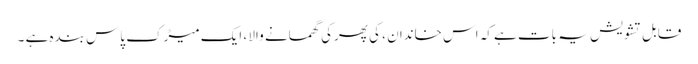
قابل ِ تشویش یہ بات ہے کہ اس خاندان ، کی پھرکی گھمانے والا ، ایک میڑک پاس بندہ ہے ۔